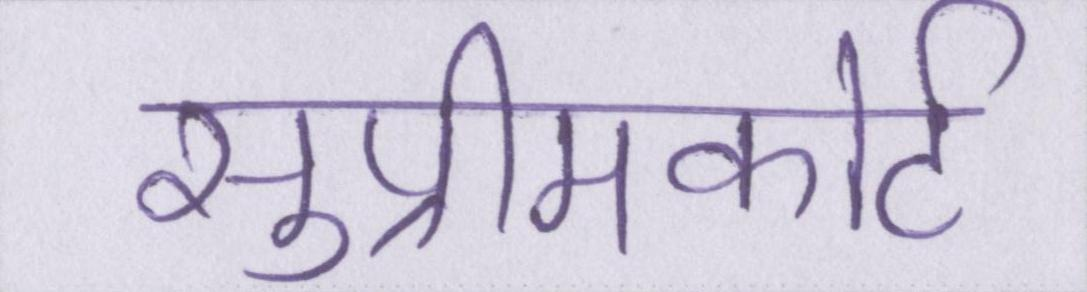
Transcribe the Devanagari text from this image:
सुप्रीमकोर्ट